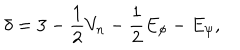
\delta = 3 - \frac { 1 } { 2 } V _ { n } - \frac { 1 } { 2 } E _ { \phi } - E _ { \psi } ,